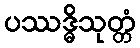
ပဿဒ္ဓိသုတ္တံ